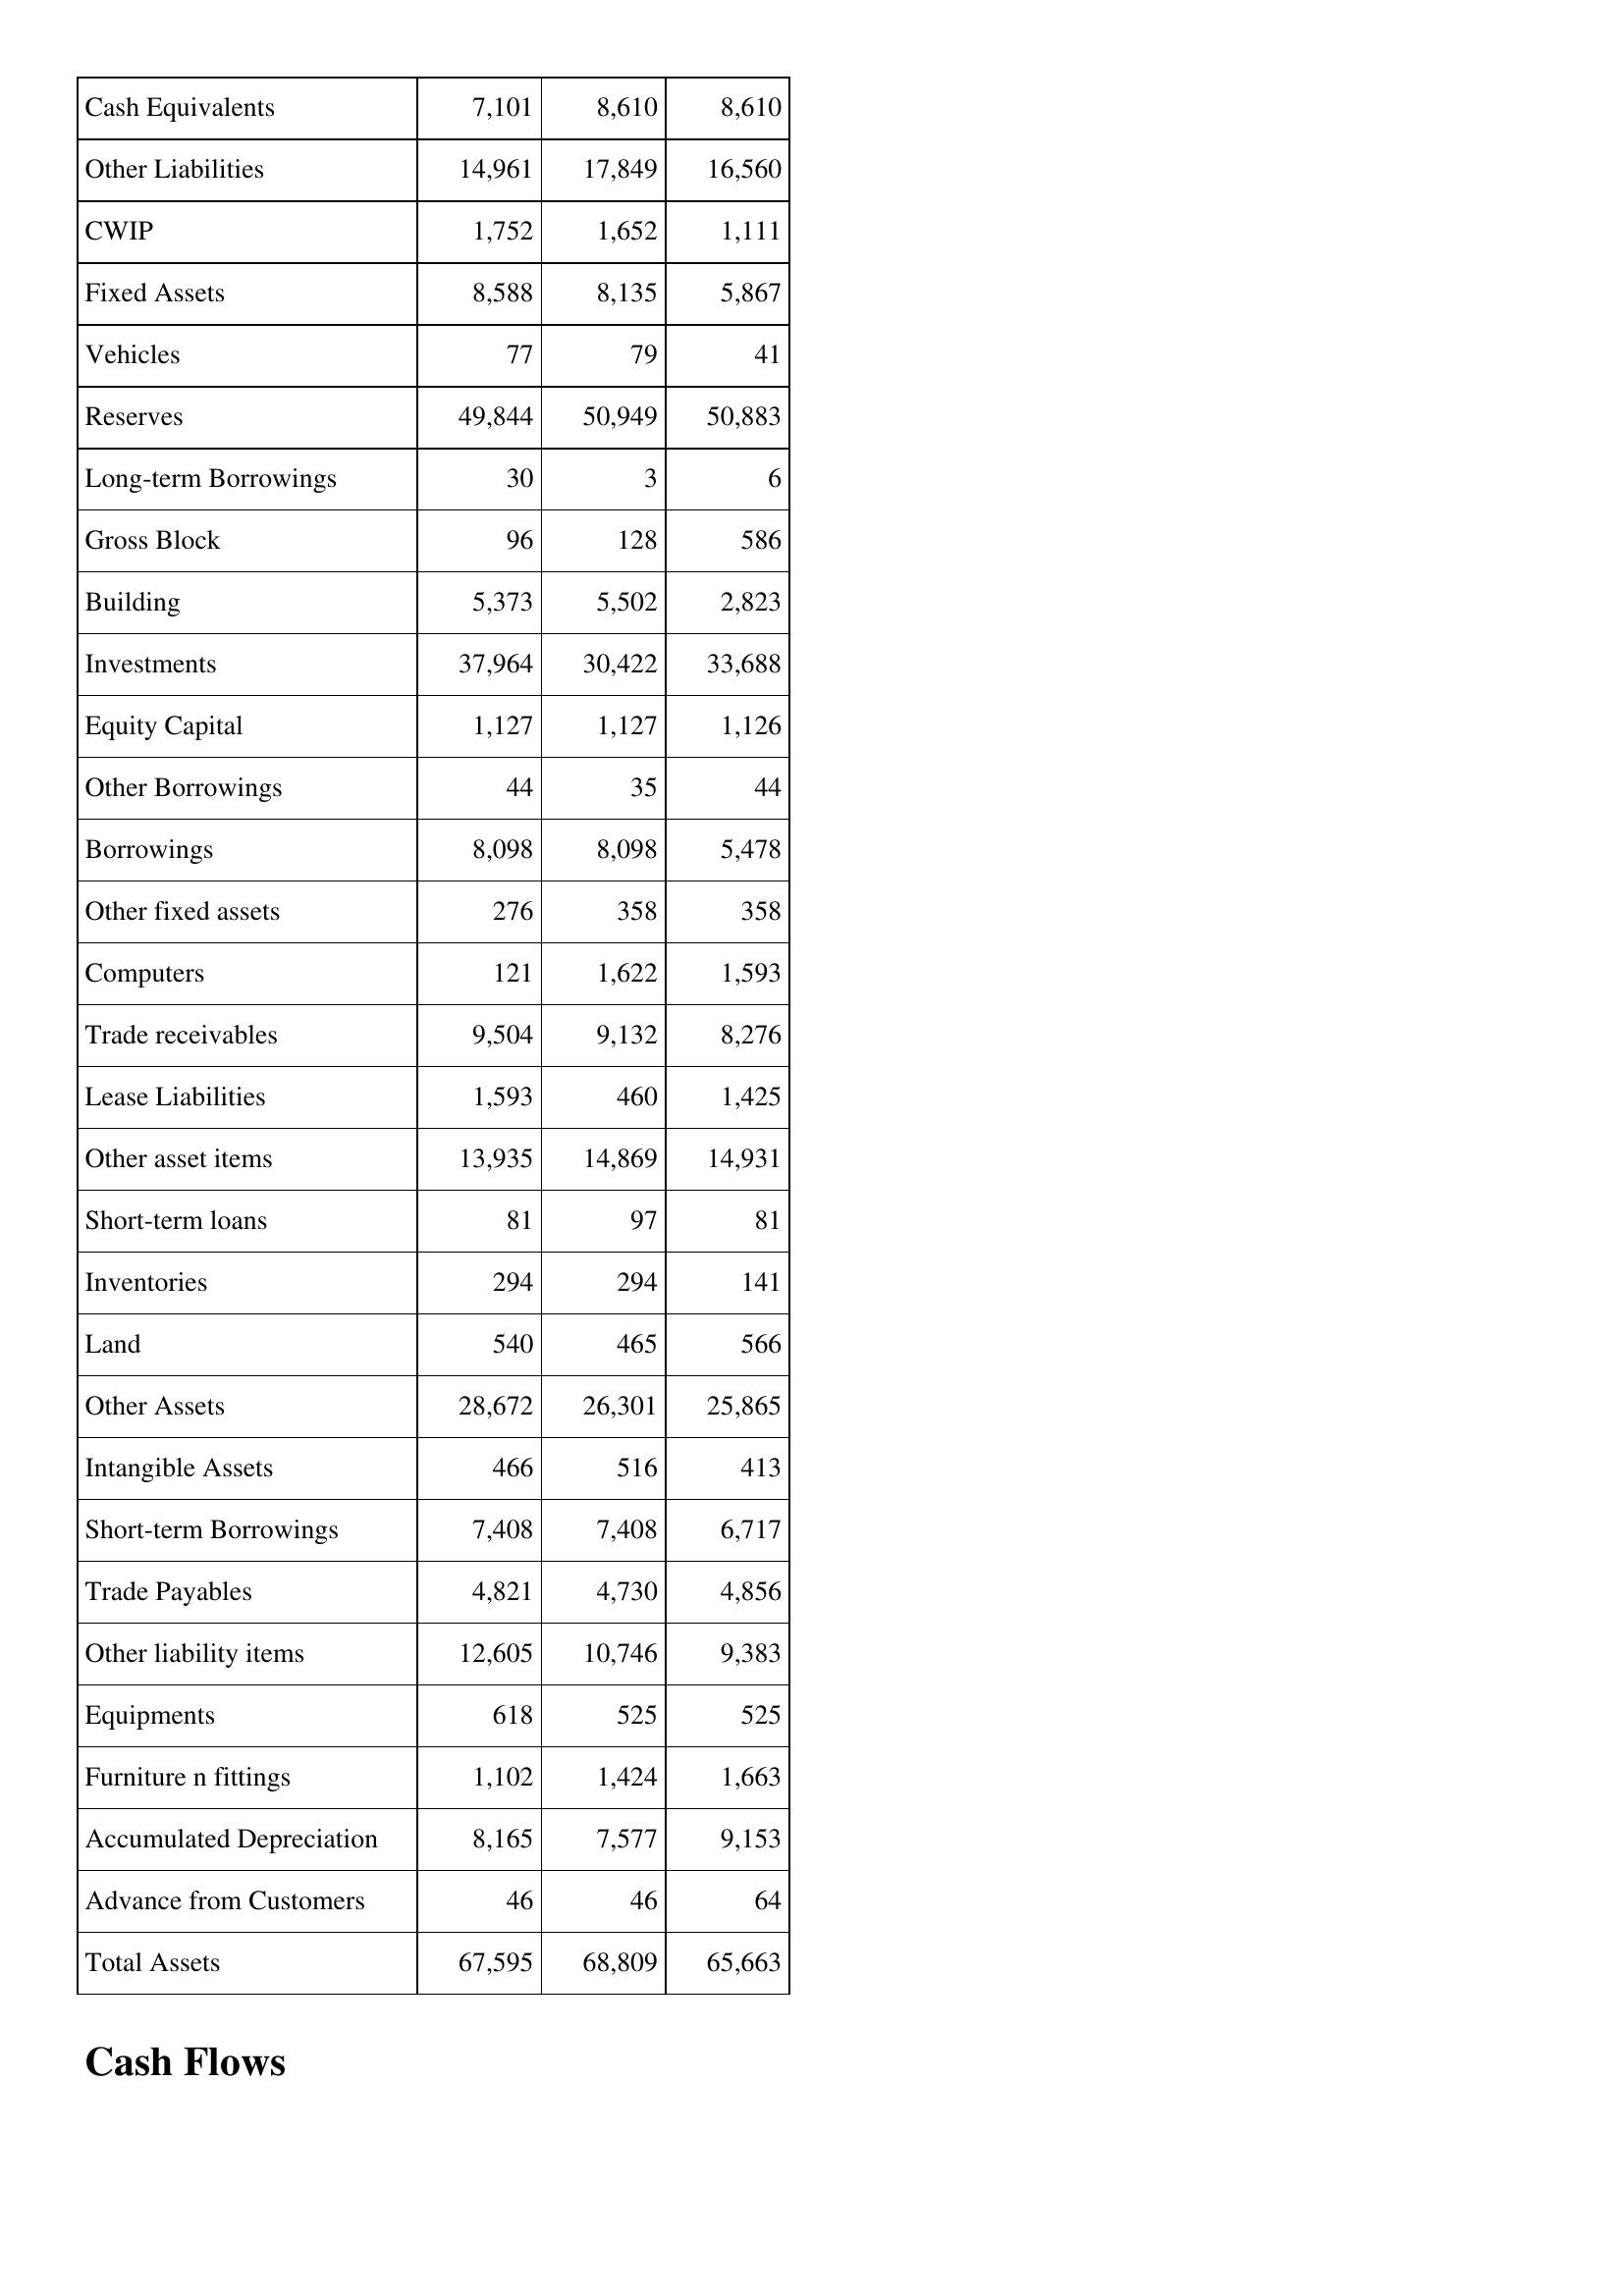
Feb-16: Balance Sheet: Cash Equivalents: 7,101
Other Liabilities: 14,961
CWIP: 1,752
Fixed Assets: 8,588
Vehicles: 77
Reserves: 49,844
Long-term Borrowings: 30
Gross Block: 96
Building: 5,373
Investments: 37,964
Equity Capital: 1,127
Other Borrowings: 44
Borrowings: 8,098
Other fixed assets: 276
Computers: 121
Trade receivables: 9,504
Lease Liabilities: 1,593
Other asset items: 13,935
Short-term loans: 81
Inventories: 294
Land: 540
Other Assets: 28,672
Intangible Assets: 466
Short-term Borrowings: 7,408
Trade Payables: 4,821
Other liability items: 12,605
Equipments: 618
Furniture n fittings: 1,102
Accumulated Depreciation: 8,165
Advance from Customers: 46
Total Assets: 67,595
Feb-17: Balance Sheet: Cash Equivalents: 8,610
Other Liabilities: 17,849
CWIP: 1,652
Fixed Assets: 8,135
Vehicles: 79
Reserves: 50,949
Long-term Borrowings: 3
Gross Block: 128
Building: 5,502
Investments: 30,422
Equity Capital: 1,127
Other Borrowings: 35
Borrowings: 8,098
Other fixed assets: 358
Computers: 1,622
Trade receivables: 9,132
Lease Liabilities: 460
Other asset items: 14,869
Short-term loans: 97
Inventories: 294
Land: 465
Other Assets: 26,301
Intangible Assets: 516
Short-term Borrowings: 7,408
Trade Payables: 4,730
Other liability items: 10,746
Equipments: 525
Furniture n fittings: 1,424
Accumulated Depreciation: 7,577
Advance from Customers: 46
Total Assets: 68,809
Feb-18: Balance Sheet: Cash Equivalents: 8,610
Other Liabilities: 16,560
CWIP: 1,111
Fixed Assets: 5,867
Vehicles: 41
Reserves: 50,883
Long-term Borrowings: 6
Gross Block: 586
Building: 2,823
Investments: 33,688
Equity Capital: 1,126
Other Borrowings: 44
Borrowings: 5,478
Other fixed assets: 358
Computers: 1,593
Trade receivables: 8,276
Lease Liabilities: 1,425
Other asset items: 14,931
Short-term loans: 81
Inventories: 141
Land: 566
Other Assets: 25,865
Intangible Assets: 413
Short-term Borrowings: 6,717
Trade Payables: 4,856
Other liability items: 9,383
Equipments: 525
Furniture n fittings: 1,663
Accumulated Depreciation: 9,153
Advance from Customers: 64
Total Assets: 65,663